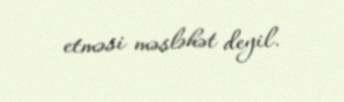
etməsi məsləhət deyil.